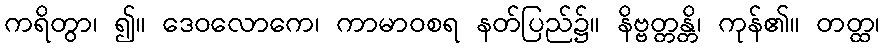
ကရိတွာ၊ ၍။ ဒေဝလောကေ၊ ကာမာဝစရ နတ်ပြည်၌။ နိဗ္ဗတ္တန္တိ၊ ကုန်၏။ တတ္ထ၊